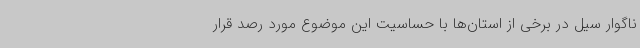
ناگوار سیل در برخی از استان‌ها با حساسیت این موضوع مورد رصد قرار